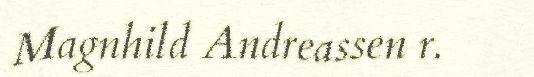
Magnhild Andreassen r.